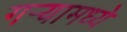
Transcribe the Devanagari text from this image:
गर्‍यामध्ये